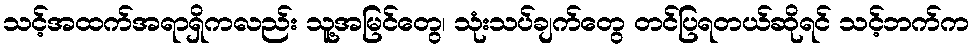
သင့်အထက်အရာရှိကလည်း သူ့အမြင်တွေ၊ သုံးသပ်ချက်တွေ တင်ပြရတယ်ဆိုရင် သင့်ဘက်က